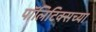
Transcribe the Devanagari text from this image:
पॉलिटिक्सच्या